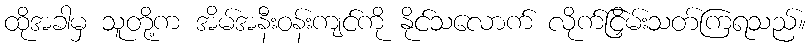
ထိုအခါမှ သူတို့က အိမ်အနီးဝန်းကျင်ကို နိုင်သလောက် လိုက်ငြှိမ်းသတ်ကြရသည်။